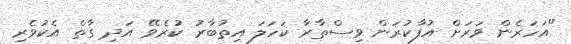
"އަހަރެން ވަރަށް އުފާކުރަން ވިސްތާރާ ކަހަލަ އިތުބާރު ކުރެވޭ އަދި ގާތް އެކުވެރި